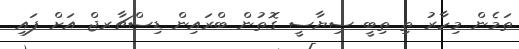
ތަމެން މިހާރު ތި ތިބީ ސިޔާސީ ގޮތުން ބްރައިން ޑިސްޗާރޖް އަށް ފައި